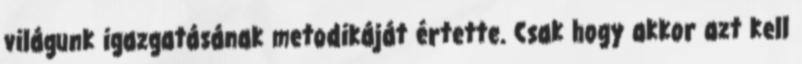
világunk igazgatásának metodikáját értette. Csak hogy akkor azt kell